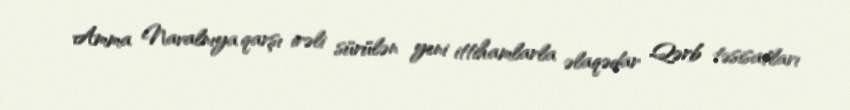
Amma Navalnıya qarşı irəli sürülən yeni ittihamlarla əlaqədar Qərb təsisatları